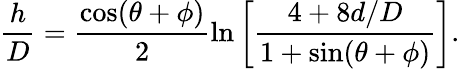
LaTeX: \frac{h}{D}=\frac{\cos(\theta+\phi)}{2}\ln\left[\frac{4+8d/D}{1+\sin(\theta+\phi)}\right].